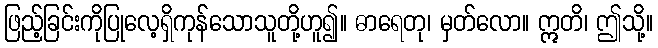
ဖြည့်ခြင်းကိုပြုလေ့ရှိကုန်သောသူတို့ဟူ၍။ ဓာရေတု၊ မှတ်လော။ ဣတိ၊ ဤသို့။